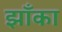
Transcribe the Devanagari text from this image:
झॉँका